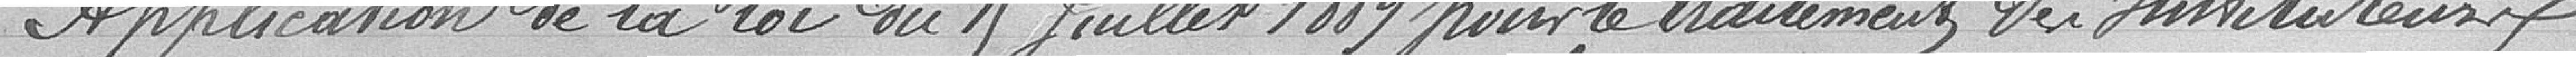
Application de la loi du 15 juillet 1889 pour le traitement des